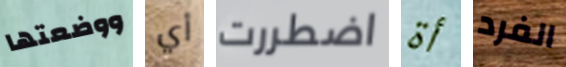
ووضعتها أي اضطررت أة الفرد